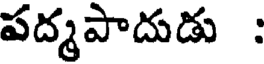
పద్మపాదుడు :